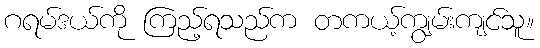
ဂရမ်ဒယ်ကို ကြည့်ရသည်က တကယ့်ကျွမ်းကျင်သူ။